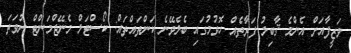
ވަޒީފާއަށް އެންމެ ޤާބިލު ފަރާތެއް ހޮވުމުގައި ބެލެވޭނެ ކަންތައްތައް: ކޯސްޓަލް މެނޭޖްމަންޓް ނުވަތަ